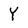
Character: Y